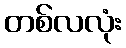
တစ်လလုံး